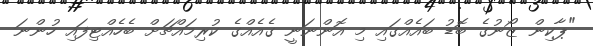
"ޕާކިން ޒޯނުގެ ބޮޑު ބައެއްގައި މި އޮންނަނީ ގެއެއްގެ ކުރިމަައްޗަށް ބެހެއްޓިފައި ހުންނަ